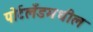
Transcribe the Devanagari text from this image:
पोर्टलँडमधील